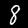
Digit: 8